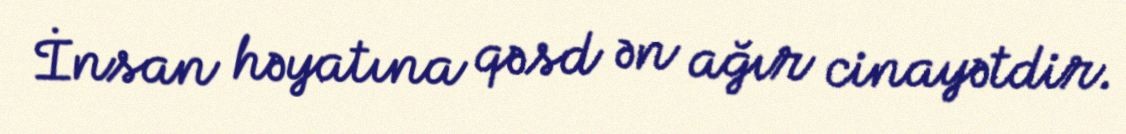
İnsan həyatına qəsd ən ağır cinayətdir.